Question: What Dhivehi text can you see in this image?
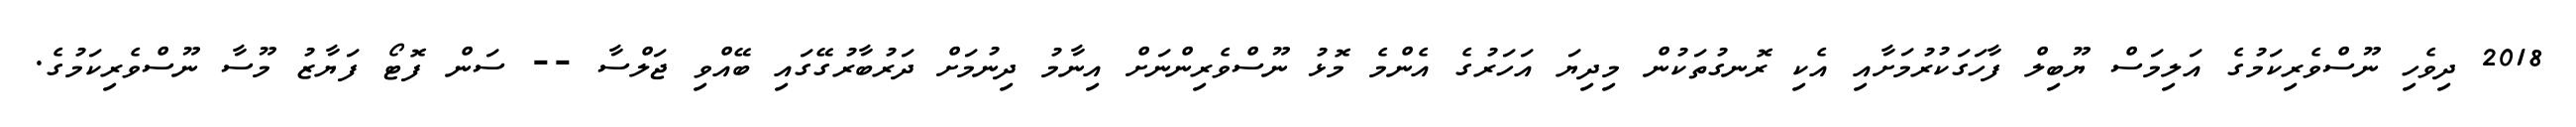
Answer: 2018 ދިވެހި ނޫސްވެރިކަމުގެ އަލިމަސް ޔޫބިލް ފާހަގަކުރުމަށާއި އެކި ރޮނގުތަކުން މިދިޔަ އަހަރުގެ އެންމެ މޮޅު ނޫސްވެރިންނަށް އިނާމު ދިނުމަށް ދަރުބާރުގޭގައި ބޭއްވި ޖަލްސާ -- ސަން ފޮޓޯ ފަޔާޒު މޫސާ ނޫސްވެރިކަމުގެ.